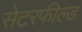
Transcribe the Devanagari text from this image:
सेटरफील्ड